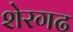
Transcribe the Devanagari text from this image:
शेरगढ